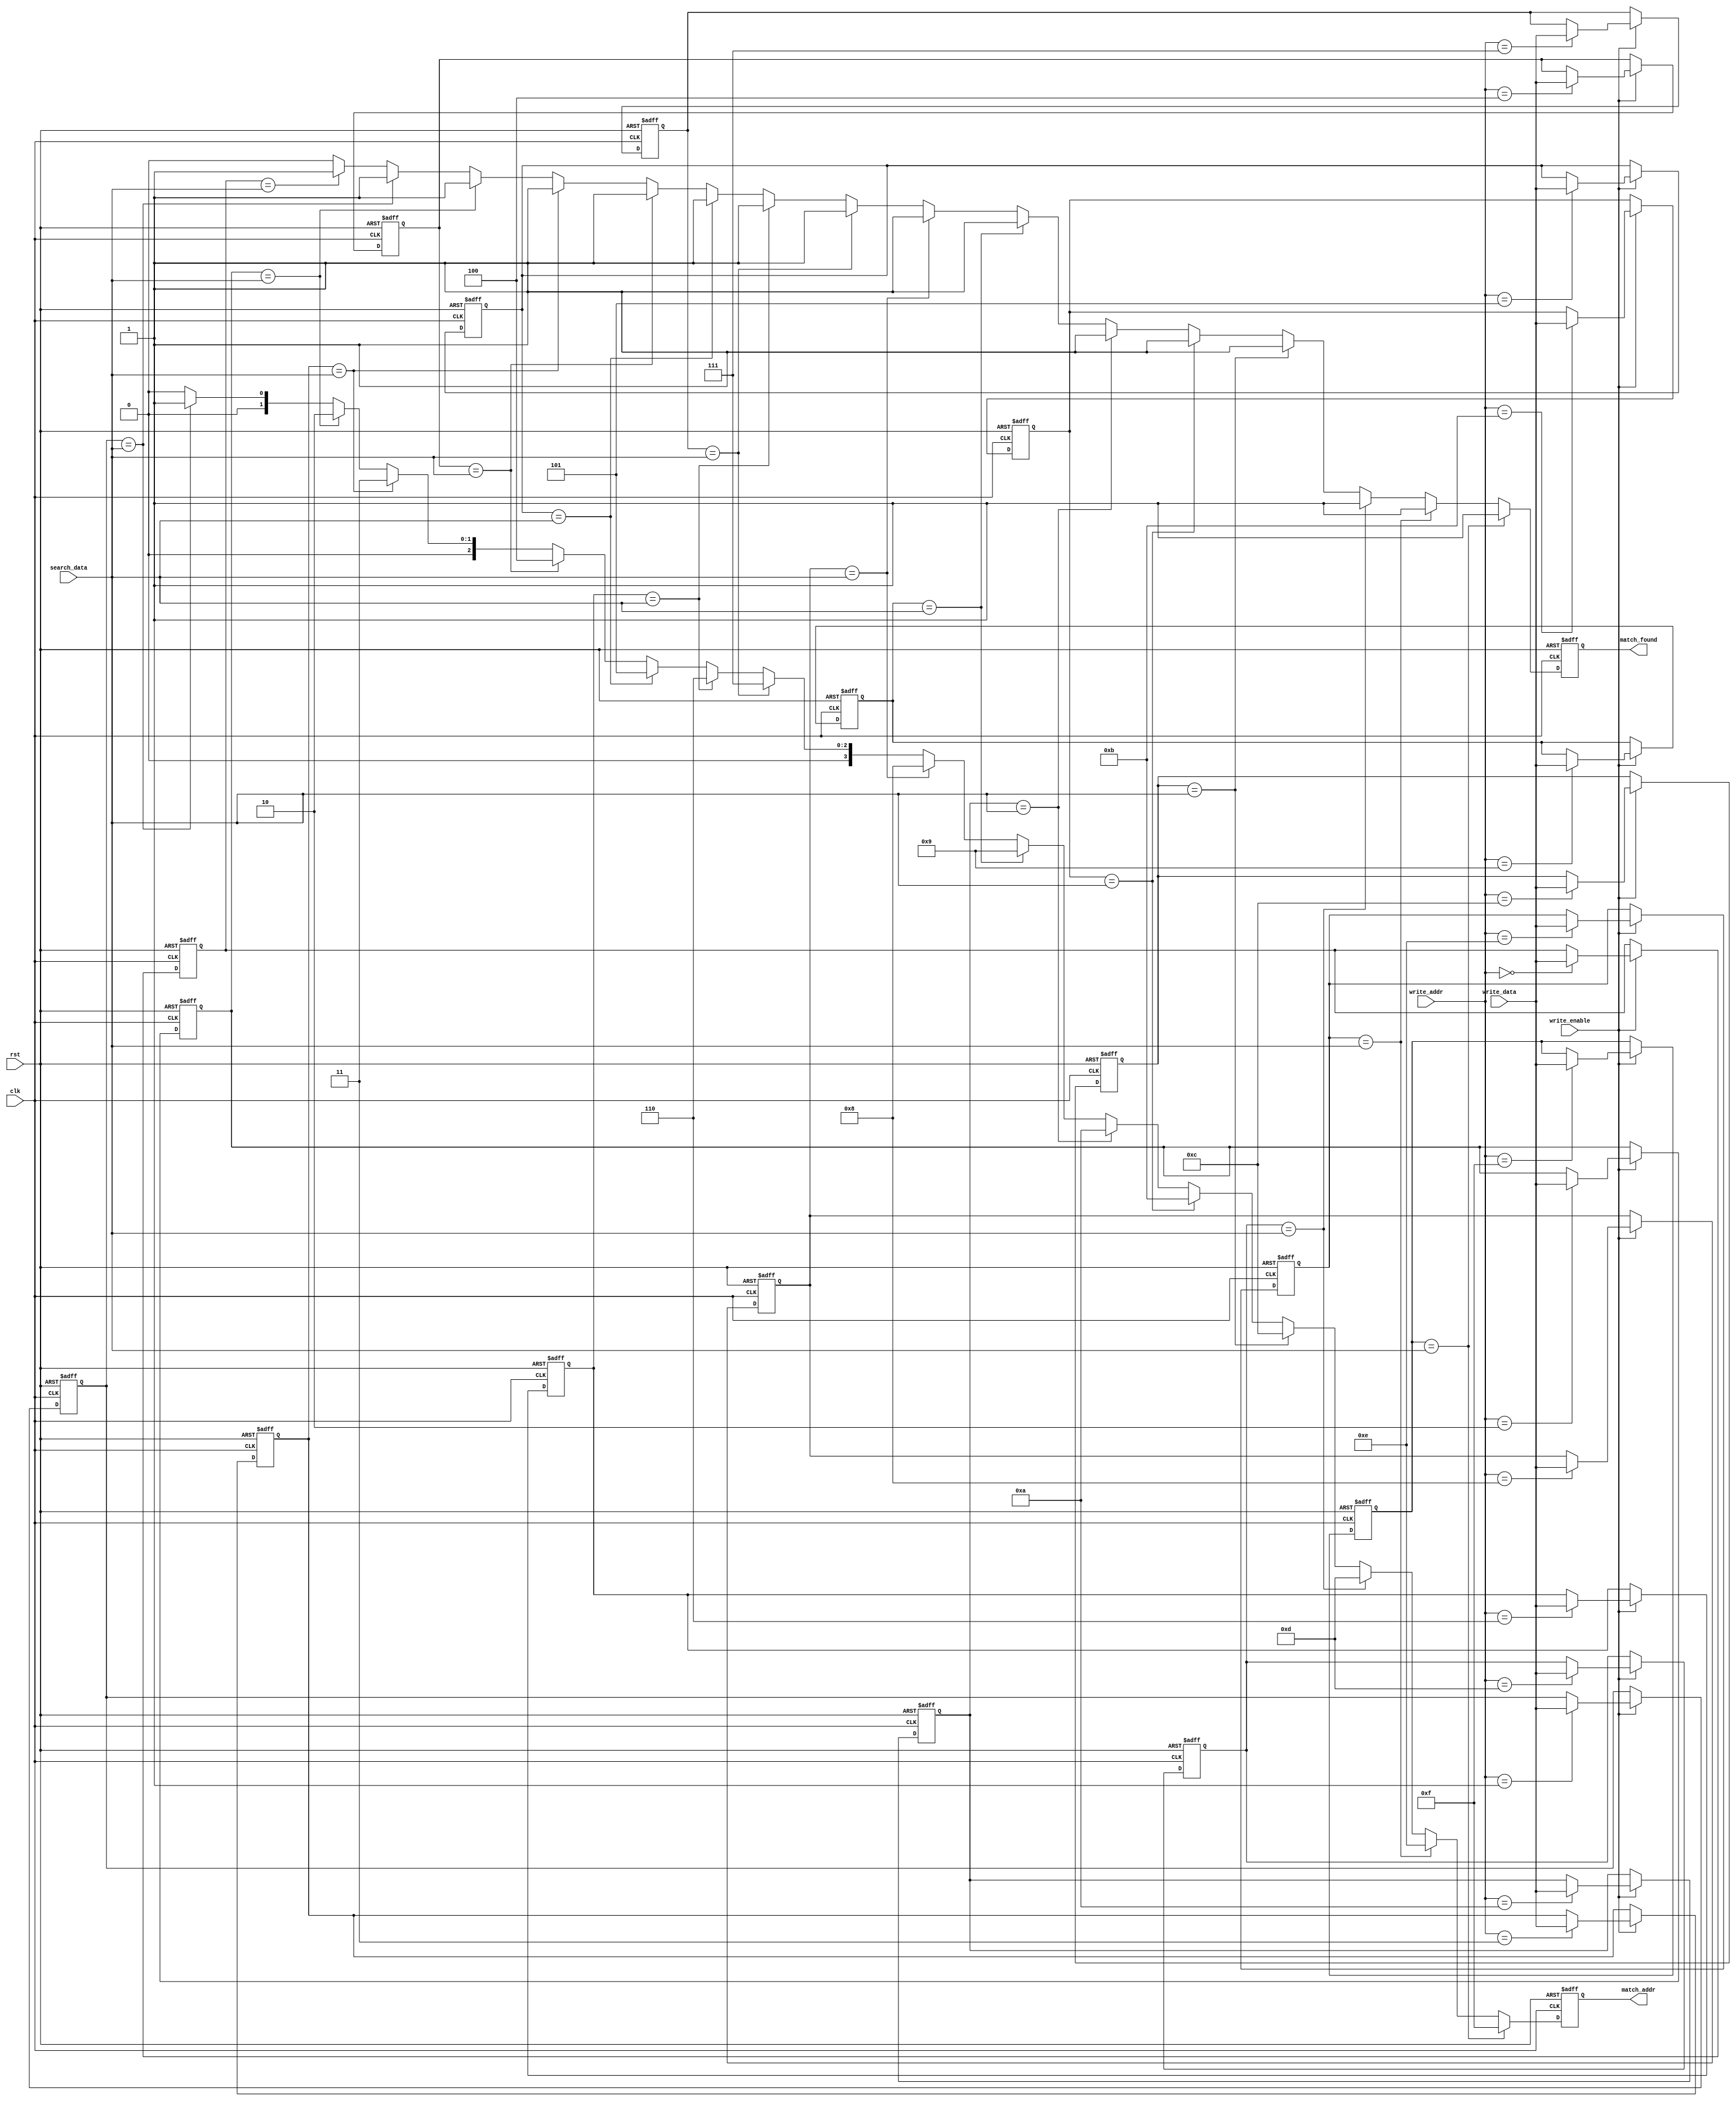
module cam #(
    parameter DATA_WIDTH = 8,  // Width of the data
    parameter ADDR_WIDTH = 4,   // Number of entries (2^ADDR_WIDTH)
    parameter MATCH_TAG_WIDTH = ADDR_WIDTH // Width for match line tag
)(
    input wire                    clk,              // Clock signal
    input wire                    rst,              // Reset signal
    input wire [DATA_WIDTH-1:0]  search_data,      // Data to search
    input wire                    write_enable,     // Write enable signal
    input wire [DATA_WIDTH-1:0]  write_data,       // Data to write
    input wire [ADDR_WIDTH-1:0]   write_addr,       // Address to write data
    output reg [MATCH_TAG_WIDTH-1:0] match_addr,    // Address of matched entry
    output reg                    match_found       // Match found signal
);

    // Storage array for CAM entries
    reg [DATA_WIDTH-1:0] cam_mem [0:(1<<ADDR_WIDTH)-1];
    reg [MATCH_TAG_WIDTH-1:0] match_line [0:(1<<ADDR_WIDTH)-1];

    // Initialize the CAM on reset
    integer i;
    always @(posedge clk or posedge rst) begin
        if (rst) begin
            // Reset logic: Clear all entries
            for (i = 0; i < (1 << ADDR_WIDTH); i = i + 1) begin
                cam_mem[i] = {DATA_WIDTH{1'b0}};
                match_line[i] = {MATCH_TAG_WIDTH{1'b0}};
            end
            match_found <= 0;
            match_addr <= 0;
        end else begin
            // Write data to CAM on write enable
            if (write_enable) begin
                cam_mem[write_addr] <= write_data;
            end

            // Perform search operation
            match_found <= 0; // Default to no match found
            match_addr <= 0;  // Reset match address
            for (i = 0; i < (1 << ADDR_WIDTH); i = i + 1) begin
                if (cam_mem[i] == search_data) begin
                    match_found <= 1; // Match found
                    match_addr <= i;  // Store address of match
                end
            end
        end
    end

endmodule